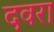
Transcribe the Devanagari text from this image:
दवरा